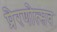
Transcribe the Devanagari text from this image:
प्रेरणोत्सव